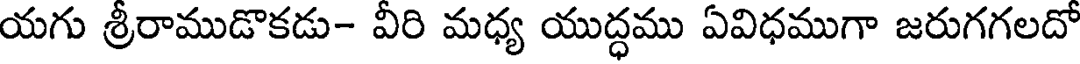
యగు శ్రీరాముడొకడు- వీరి మధ్య యుద్ధము ఏవిధముగా జరుగగలదో